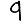
Digit: 9